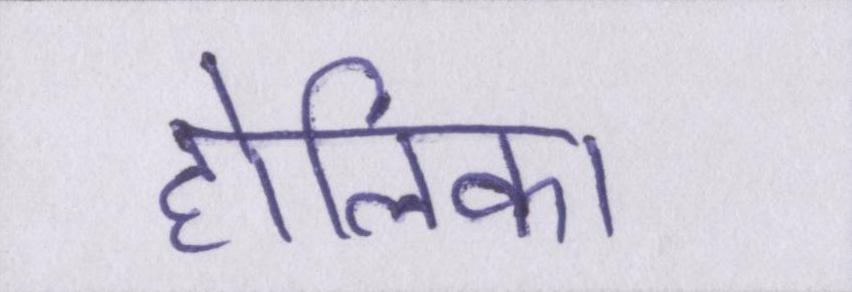
होलिका